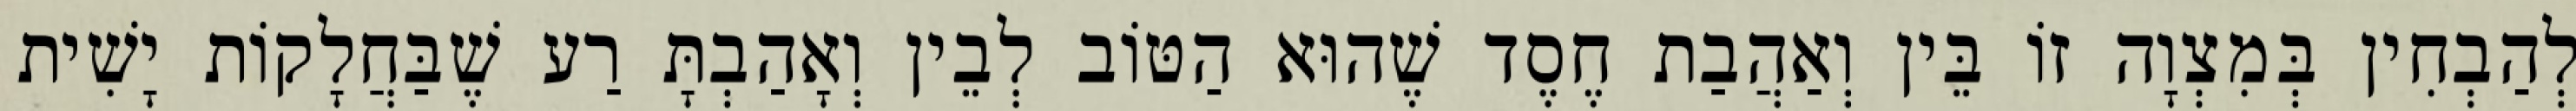
לְהַבְחִין בְּמִצְוָה זוֹ בֵּין וְאַהֲבַת חֶסֶד שֶׁהוּא הַטּוֹב לְבֵין וְאָהַבְתָּ רַע שֶׁבַּחֲלָקוֹת יָשִׁית